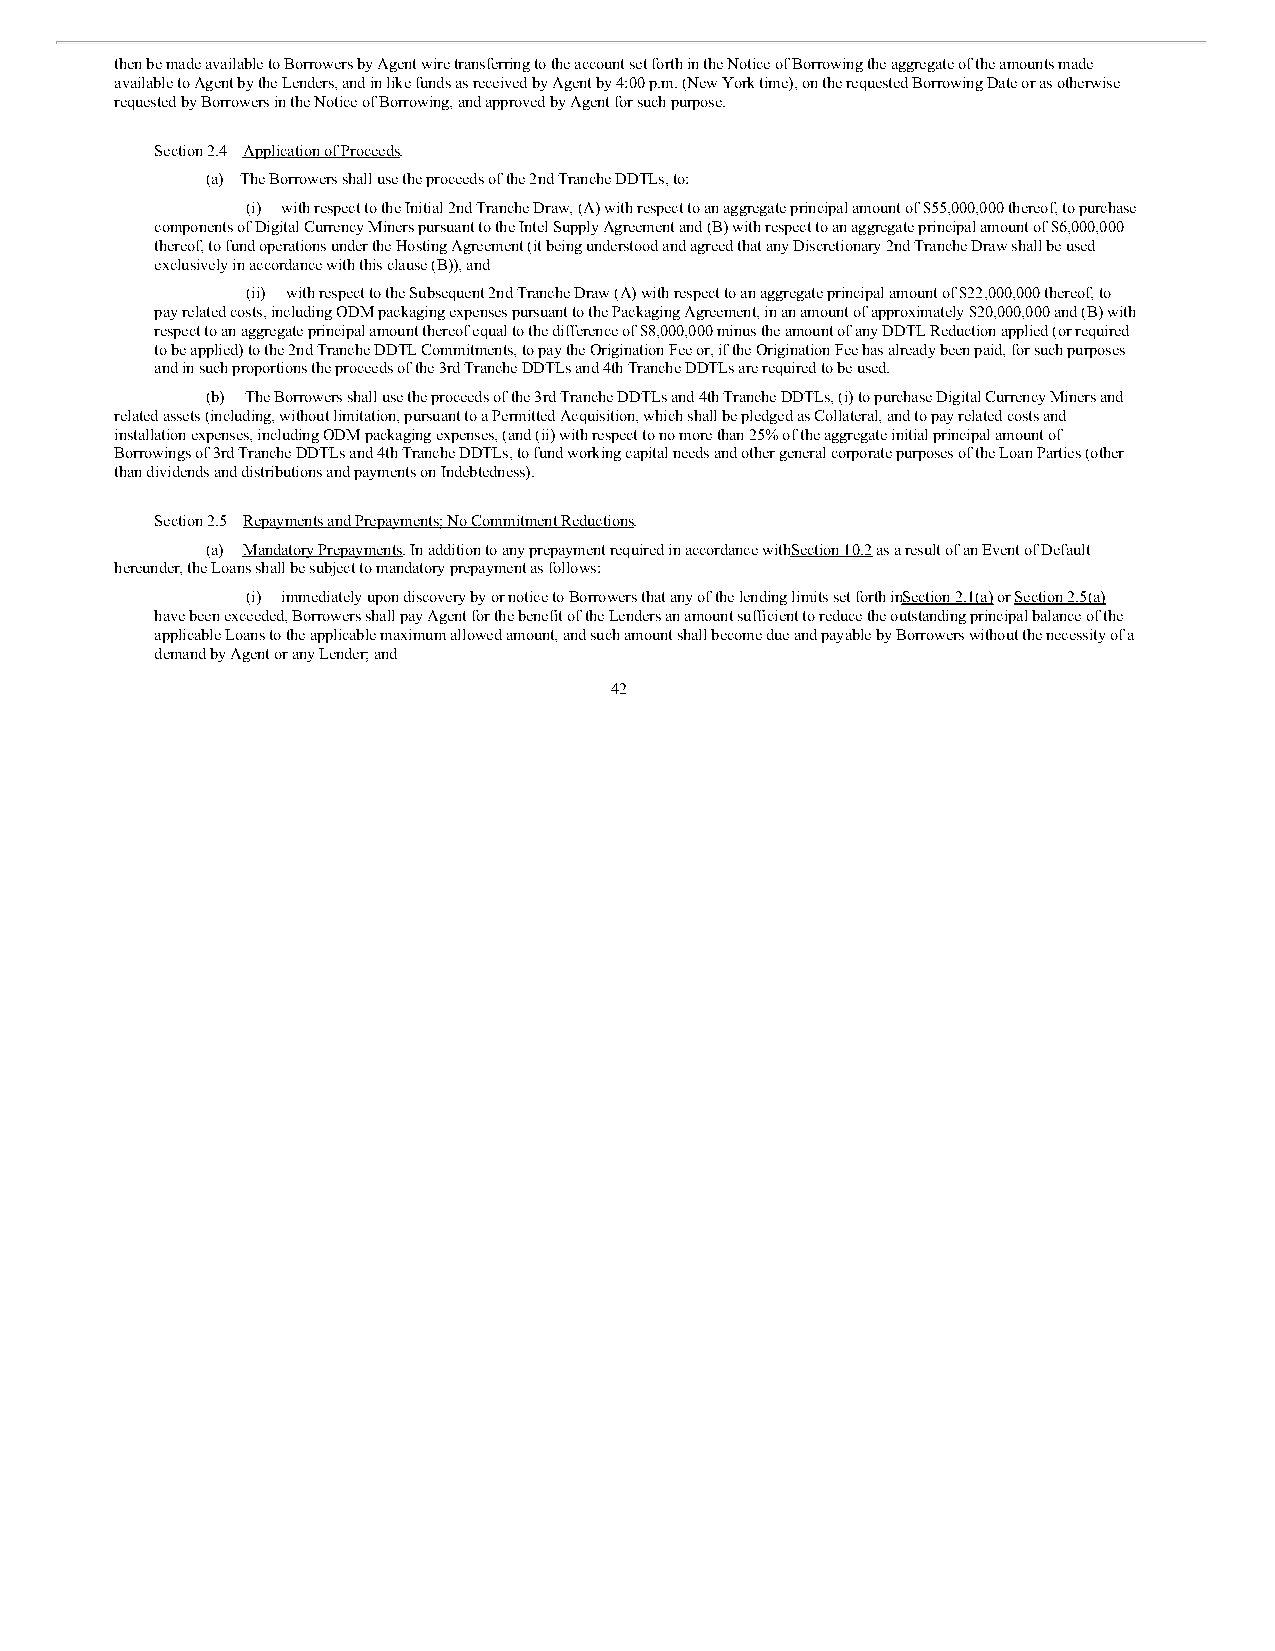
then be made available to Borrowers by Agent wire transferring to the account set forth in the Notice of Borrowing the aggregate of the amounts made
 available to Agent by the Lenders, and in like funds as received by Agent by 4:00 p.m. (New York time), on the requested Borrowing Date or as otherwise
 requested by Borrowers in the Notice of Borrowing, and approved by Agent for such purpose.
 Section 2.4 Application of Proceeds.
 (a) The Borrowers shall use the proceeds of the 2nd Tranche DDTLs, to:
 (i) with respect to the Initial 2nd Tranche Draw, (A) with respect to an aggregate principal amount of $55,000,000 thereof, to purchase
 components of Digital Currency Miners pursuant to the Intel Supply Agreement and (B) with respect to an aggregate principal amount of $6,000,000
 thereof, to fund operations under the Hosting Agreement (it being understood and agreed that any Discretionary 2nd Tranche Draw shall be used
 exclusively in accordance with this clause (B)), and
 (ii) with respect to the Subsequent 2nd Tranche Draw (A) with respect to an aggregate principal amount of $22,000,000 thereof, to
 pay related costs, including ODM packaging expenses pursuant to the Packaging Agreement, in an amount of approximately $20,000,000 and (B) with
 respect to an aggregate principal amount thereof equal to the difference of $8,000,000 minus the amount of any DDTL Reduction applied (or required
 to be applied) to the 2nd Tranche DDTL Commitments, to pay the Origination Fee or, if the Origination Fee has already been paid, for such purposes
 and in such proportions the proceeds of the 3rd Tranche DDTLs and 4th Tranche DDTLs are required to be used.
 (b) The Borrowers shall use the proceeds of the 3rd Tranche DDTLs and 4th Tranche DDTLs, (i) to purchase Digital Currency Miners and
 related assets (including, without limitation, pursuant to a Permitted Acquisition, which shall be pledged as Collateral, and to pay related costs and
 installation expenses, including ODM packaging expenses, (and (ii) with respect to no more than 25% of the aggregate initial principal amount of
 Borrowings of 3rd Tranche DDTLs and 4th Tranche DDTLs, to fund working capital needs and other general corporate purposes of the Loan Parties (other
 than dividends and distributions and payments on Indebtedness).
 Section 2.5 Repayments and Prepayments; No Commitment Reductions.
 (a) Mandatory Prepayments. In addition to any prepayment required in accordance withS ection 10.2 as a result of an Event of Default
 hereunder, the Loans shall be subject to mandatory prepayment as follows:
 (i) immediately upon discovery by or notice to Borrowers that any of the lending limits set forth inS ection 2.1(a) or Section 2.5(a)
 have been exceeded, Borrowers shall pay Agent for the benefit of the Lenders an amount sufficient to reduce the outstanding principal balance of the
 applicable Loans to the applicable maximum allowed amount, and such amount shall become due and payable by Borrowers without the necessity of a
 demand by Agent or any Lender; and
 42